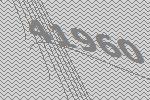
41960